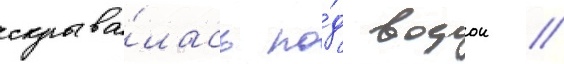
скрыва́лась по́д водои /